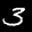
Label: 3